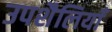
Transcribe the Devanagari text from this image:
उपशैलियाँ